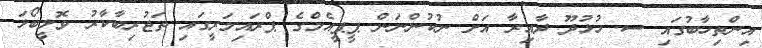
އިންތިހާބުގައި ސ. ހުޅުދޫ ދާއިރާ އަށް ނުކުންނަން ޕީޕީއެމްގެ ޕްރައިމަރީގައި ތަޖުރިބާކާރު ވޮލީބޯޅަ